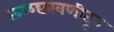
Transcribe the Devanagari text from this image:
छळछावणीतून